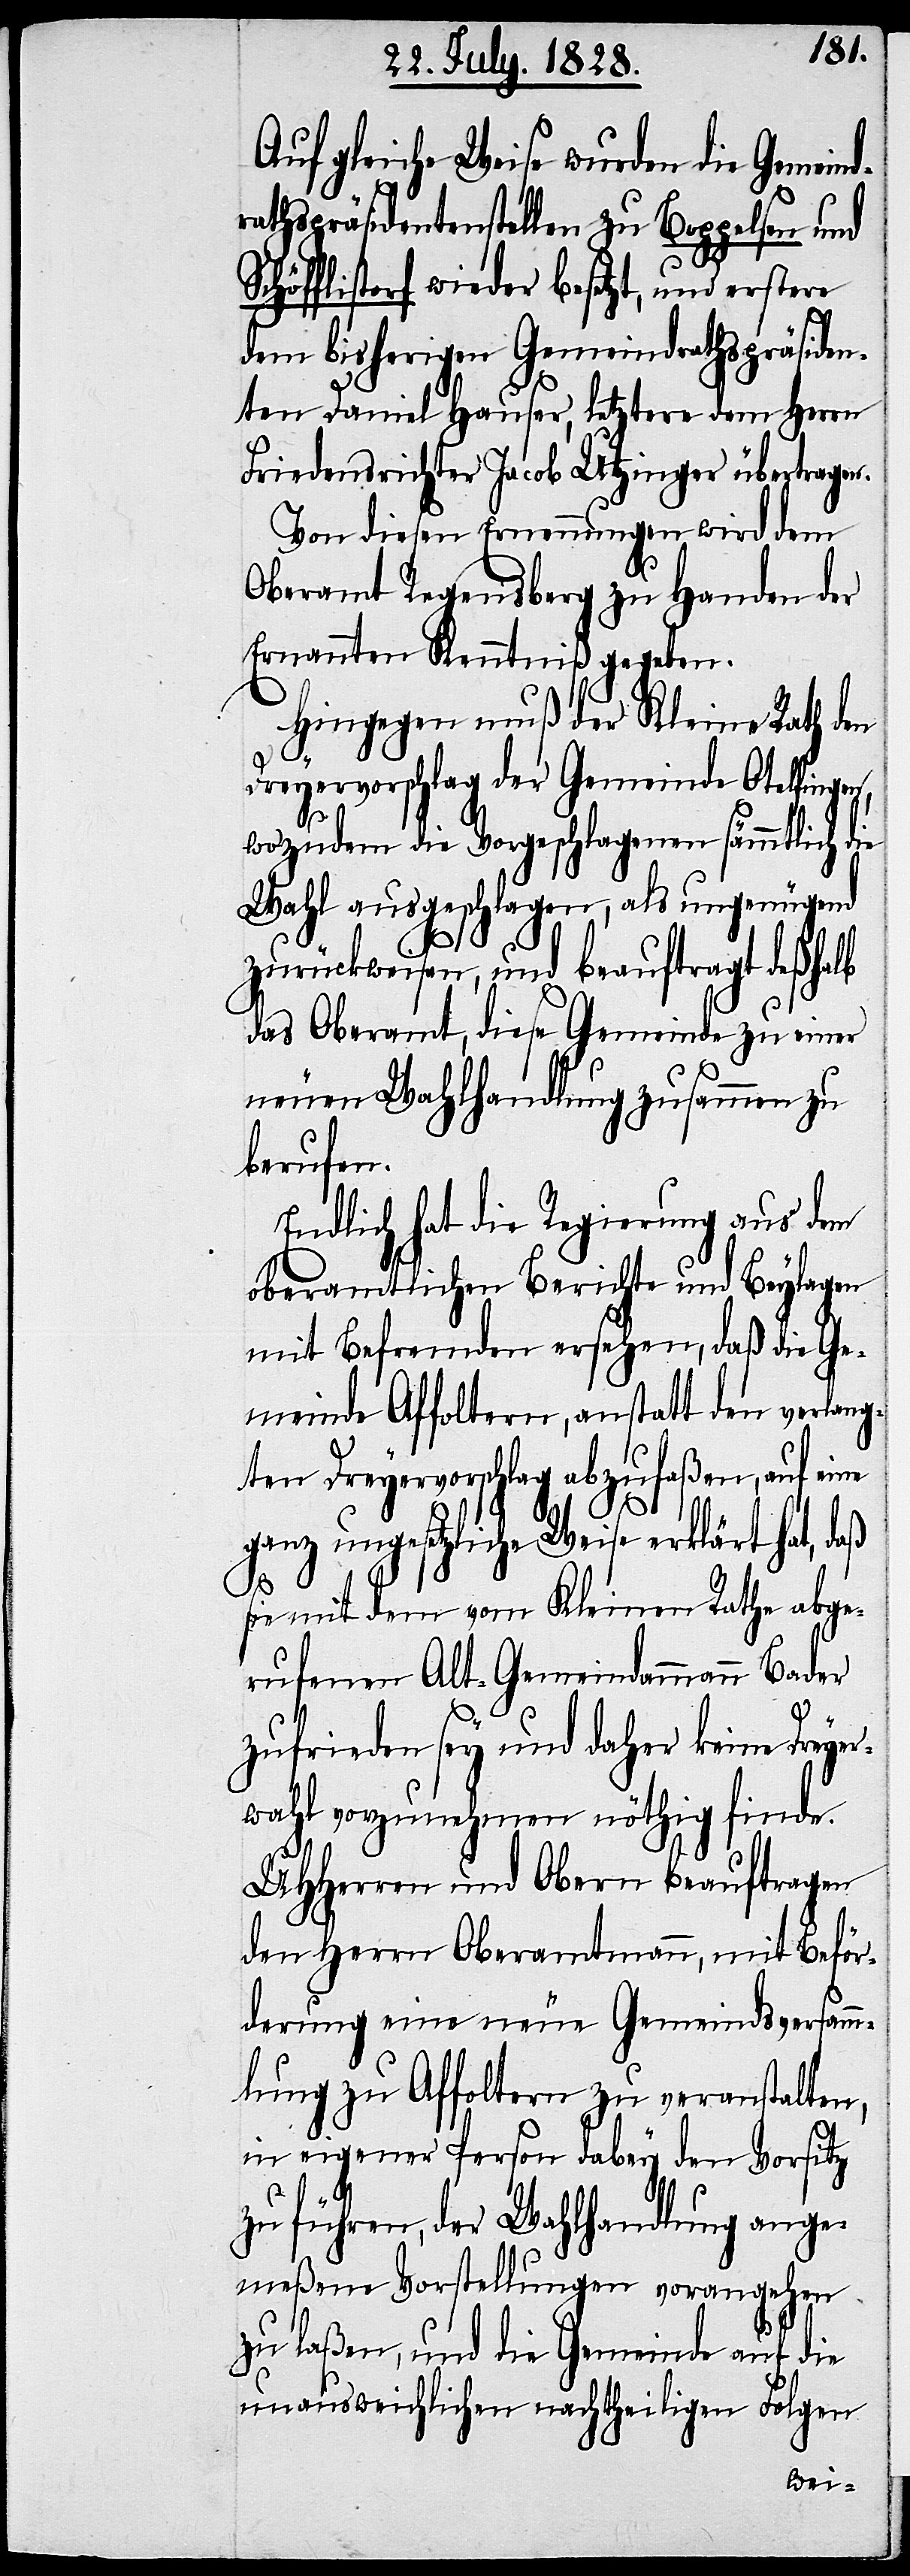
Auf gleiche Weise wurden die Gemeind¬
rathspräsidentenstellen zu Boppelsen und
Schöfflistorf wieder besetzt, und erstere
dem bisherigen Gemeindrathspräsiden¬
ten Daniel Hauser, letztere dem Herrn
Friedensrichter Jacob Utzinger übertragen.
Von diesen Ernennungen wird dem
Oberamt Regensberg zu Handen der
Ernannten Kenntniß gegeben.
Hingegen muß der Kleine Rath den
Dreyervorschlag der Gemeinde Otelfingen,
wozudem die Vorgeschlagenen sämmtlich die
Wahl ausgeschlagen, als ungenügend
zurückweisen, und beauftragt deßhalb
das Oberamt, diese Gemeinde zu einer
neuen Wahlhandlung zusammen zu
berufen.
Endlich hat die Regierung aus dem
oberamtlichen Berichte und Beylagen
mit Befremden ersehen, daß die Ge¬
meinde Affoltern, anstatt den verlang¬
ten Dreyervorschlag abzufaßen, auf eine
ganz ungesetzliche Weise erklärt hat, daß
sie mit dem vom Kleinen Rathe abge¬
rufenen Alt-Gemeindammann Bader
zufrieden sey und daher keine Dreye¬
rwahl vorzunehmen nöthig finde.
UHHerren und Obern beauftragen
den Herrn Oberamtmann, mit Beför¬
derung eine neue Gemeindsversamm¬
lung zu Affoltern zu veranstalten,
in eigener Person dabey den Vorsitz
zu führen, der Wahlhandlung ange¬
meßene Vorstellungen vorangehen
zu laßen, und die Gemeinde auf die
unausweichlichen nachtheiligen Folgen